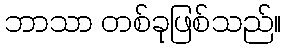
ဘာသာ တစ်ခုဖြစ်သည်။